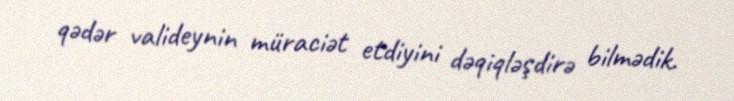
qədər valideynin müraciət etdiyini dəqiqləşdirə bilmədik.